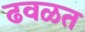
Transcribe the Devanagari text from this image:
ढवळत